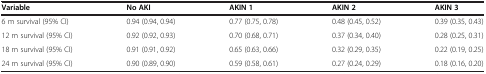
<table><thead><tr><td><b>Variable</b></td><td><b>No AKI</b></td><td><b>AKIN 1</b></td><td><b>AKIN 2</b></td><td><b>AKIN 3</b></td></tr></thead><tbody><tr><td>6 m survival (95% CI)</td><td>0.94 (0.94, 0.94)</td><td>0.77 (0.75, 0.78)</td><td>0.48 (0.45, 0.52)</td><td>0.39 (0.35, 0.43)</td></tr><tr><td>12 m survival (95% CI)</td><td>0.92 (0.92, 0.93)</td><td>0.70 (0.68, 0.71)</td><td>0.37 (0.34, 0.40)</td><td>0.28 (0.25, 0.31)</td></tr><tr><td>18 m survival (95% CI)</td><td>0.91 (0.91, 0.92)</td><td>0.65 (0.63, 0.66)</td><td>0.32 (0.29, 0.35)</td><td>0.22 (0.19, 0.25)</td></tr><tr><td>24 m survival (95% CI)</td><td>0.90 (0.89, 0.90)</td><td>0.59 (0.58, 0.61)</td><td>0.27 (0.24, 0.29)</td><td>0.18 (0.16, 0.20)</td></tr></tbody></table>